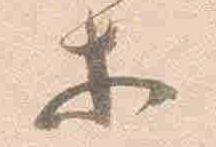
等